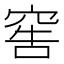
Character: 窖